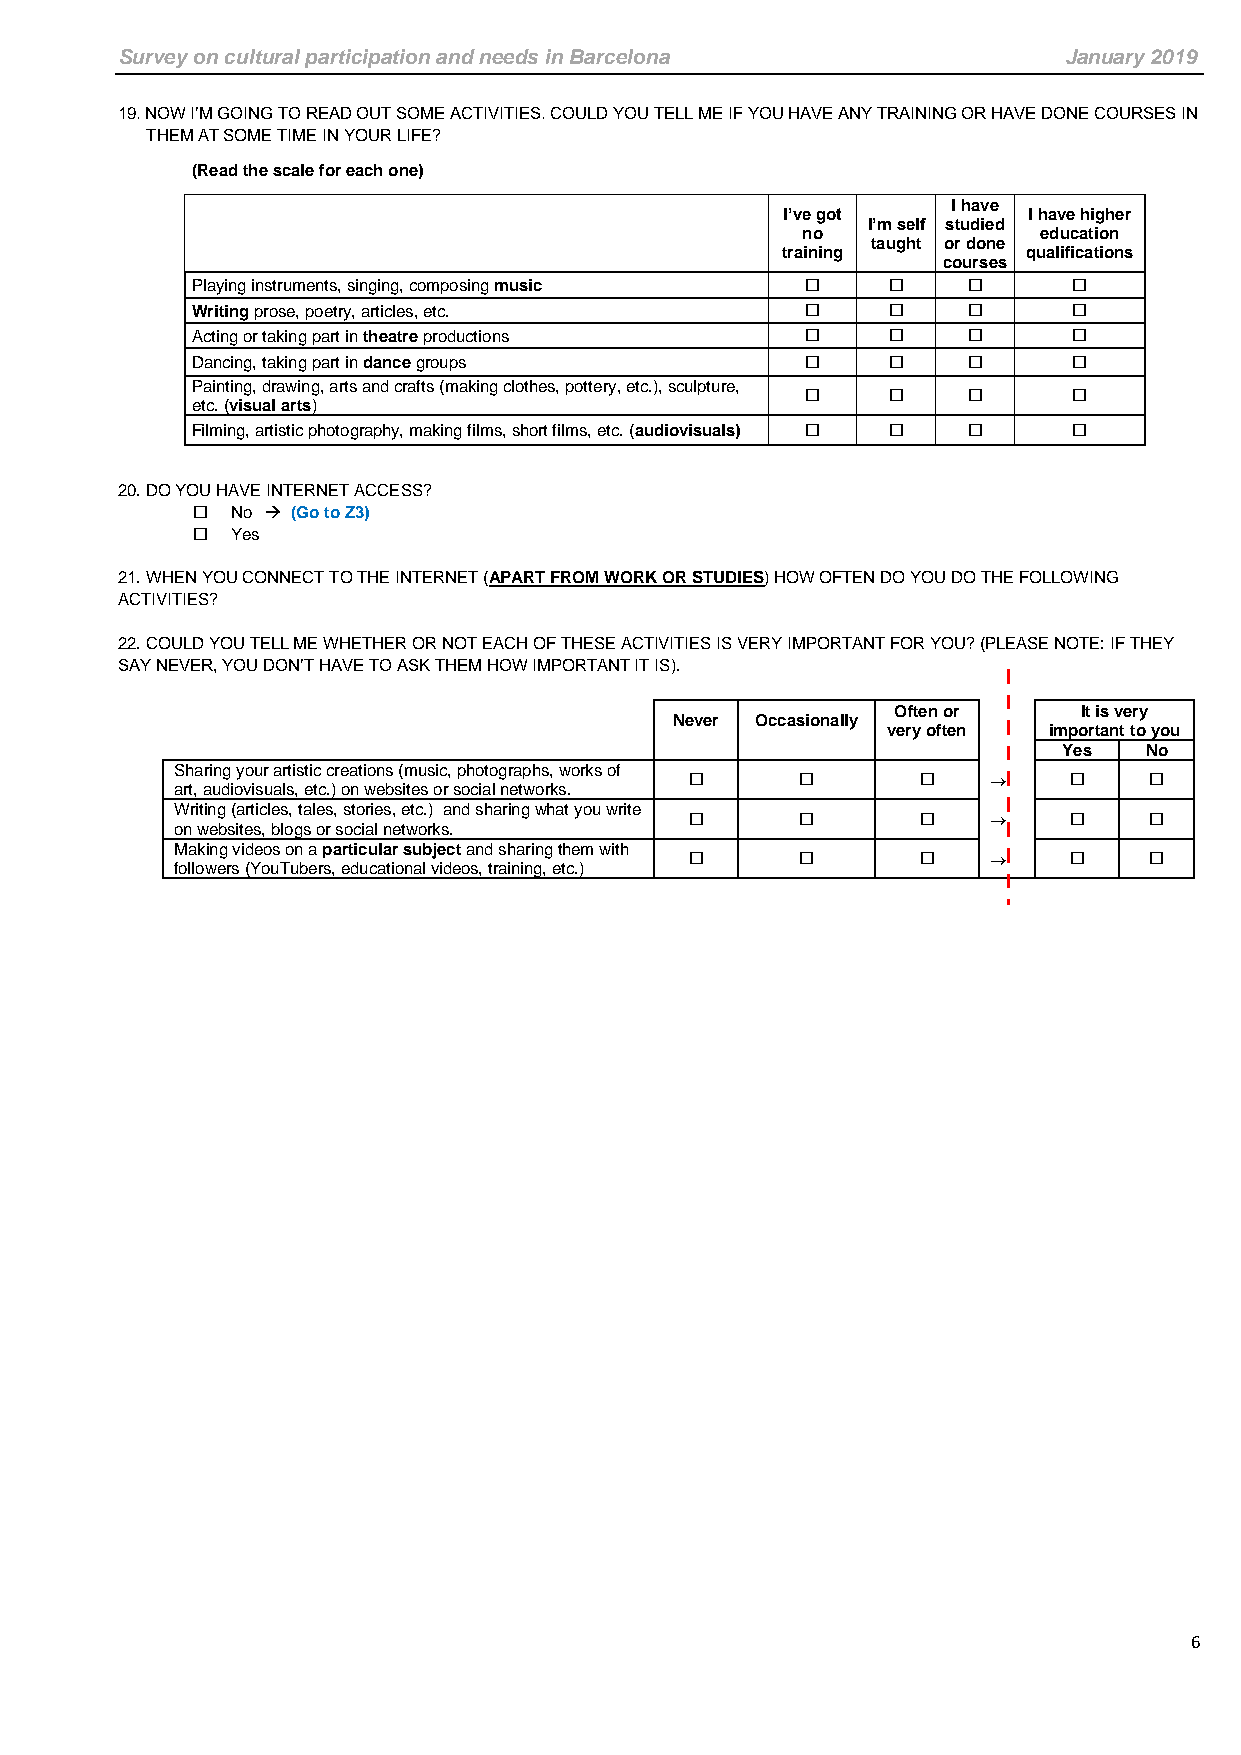
Survey on cultural participation and needs in Barcelona       January 2019
 19. NOW I’M GOING TO READ OUT SOME ACTIVITIES. COULD YOU TELL ME IF YOU HAVE ANY TRAINING OR HAVE DONE COURSES IN
 THEM AT SOME TIME IN YOUR LIFE?
 (Read the scale for each one)
 I have
 I’ve got        I have higher
 I’m self studied
 no              education
 taught or done
 training        qualifications
 courses
 Playing instruments, singing, composing music          
 Writing prose, poetry, articles, etc.                  
 Acting or taking part in theatre productions           
 Dancing, taking part in dance groups                   
 Painting, drawing, arts and crafts (making clothes, pottery, etc.), sculpture,
                
 etc. (visual arts)
 Filming, artistic photography, making films, short films, etc. (audiovisuals)    
 20. DO YOU HAVE INTERNET ACCESS?
  No → (Go to Z3)
  Yes
 21. WHEN YOU CONNECT TO THE INTERNET (APART FROM WORK OR STUDIES) HOW OFTEN DO YOU DO THE FOLLOWING
 ACTIVITIES?
 22. COULD YOU TELL ME WHETHER OR NOT EACH OF THESE ACTIVITIES IS VERY IMPORTANT FOR YOU? (PLEASE NOTE: IF THEY
 SAY NEVER, YOU DON’T HAVE TO ASK THEM HOW IMPORTANT IT IS).
 Often or     It is very
 Never Occasionally
 very often important to you
 Yes   No
 Sharing your artistic creations (music, photographs, works of
                 →         
 art, audiovisuals, etc.) on websites or social networks.
 Writing (articles, tales, stories, etc.) and sharing what you write
                 →         
 on websites, blogs or social networks.
 Making videos on a particular subject and sharing them with
                 →         
 followers (YouTubers, educational videos, training, etc.)
 6